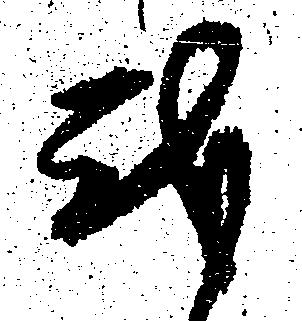
我